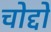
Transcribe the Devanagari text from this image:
चोद्दो